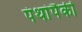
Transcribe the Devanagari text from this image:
पंथांपैकी